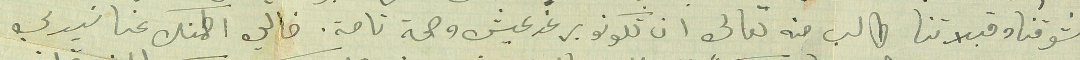
شوقنا وقبلاتنا طالب منه تعالى ان تكونو برغد عيش وصحة تامة. خالي اطمنك عنا سَيدي